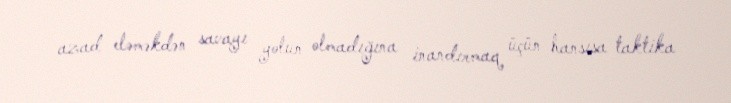
azad eləməkdən savayı yolun olmadığına inandırmaq üçün hansısa taktika